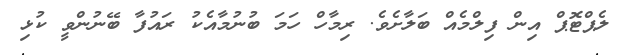
ލެޕްޓޮޕް އިން ފިލްމެއް ބަލާށެވެ. ރިމާހް ހަމަ ބުނުމާއެކު ރައުފާ ބޭނުންވީ ކުޅި